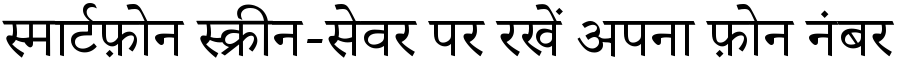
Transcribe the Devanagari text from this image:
स्मार्टफ़ोन स्क्रीन-सेवर पर रखें अपना फ़ोन नंबर